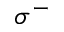
\sigma ^ { - }